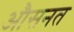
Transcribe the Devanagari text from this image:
औसनत